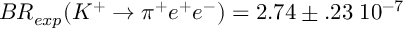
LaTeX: B R _ { e x p } ( K ^ { + } \rightarrow \pi ^ { + } e ^ { + } e ^ { - } ) = 2 . 7 4 \pm . 2 3 \; 1 0 ^ { - 7 }